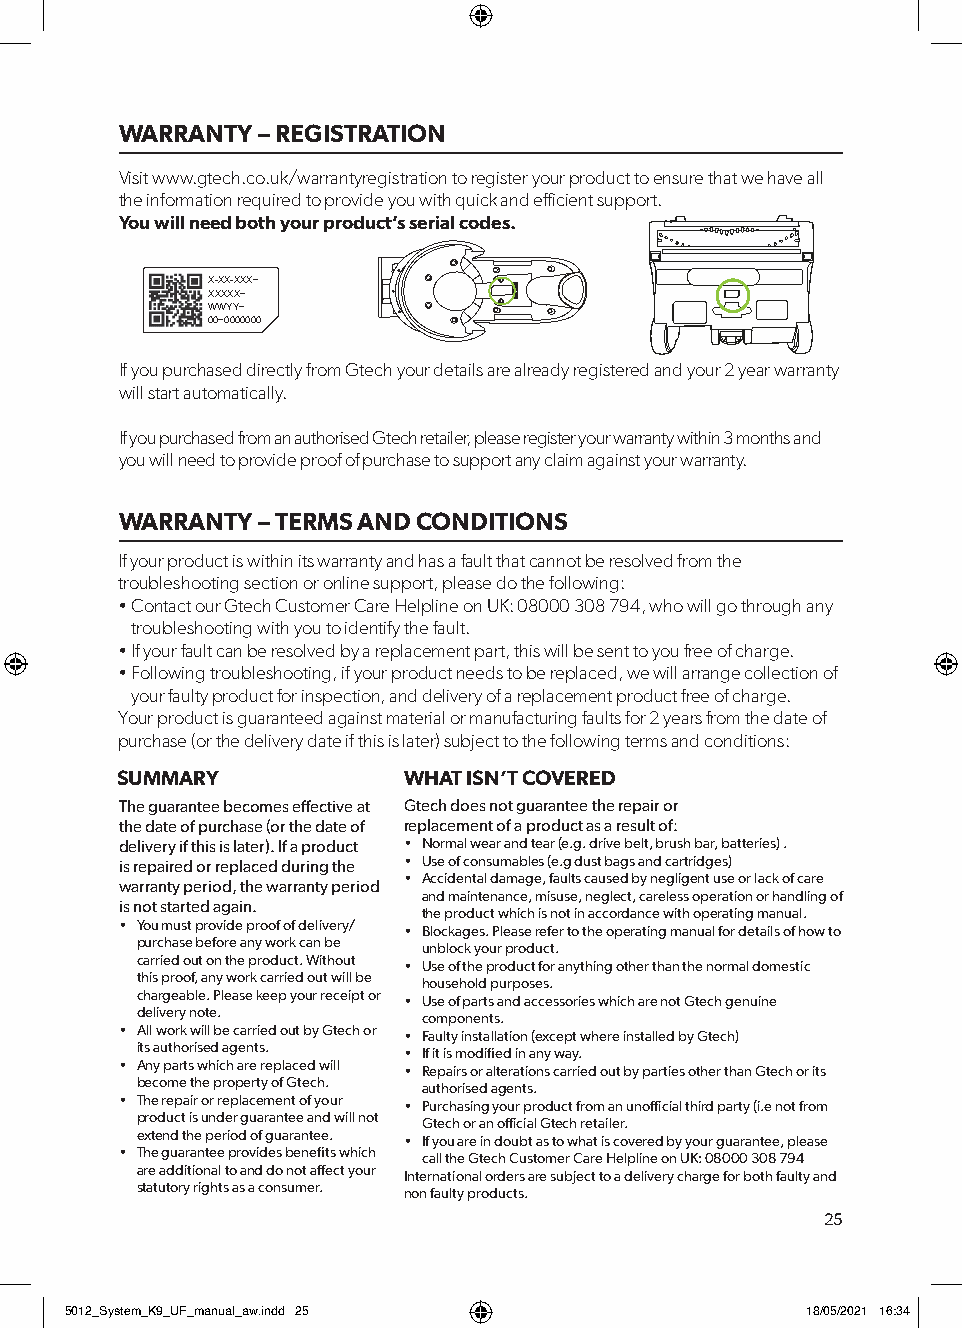
WARRANTY – REGISTRATION
 Visit www.gtech.co.uk/warrantyregistration to register your product to ensure that we have all
 the information required to provide you with quick and efficient support.
 You will need both your product’s serial codes.
 X-XX-XXX~
 XXXXX~
 WWYY~
 00~0000000
 If you purchased directly from Gtech your details are already registered and your 2 year warranty
 will start automatically.
 If you purchased from an authorised Gtech retailer, please register your warranty within 3 months and
 you will need to provide proof of purchase to support any claim against your warranty.
 WARRANTY – TERMS AND CONDITIONS
 If your product is within its warranty and has a fault that cannot be resolved from the
 troubleshooting section or online support, please do the following:
 • Contact our Gtech Customer Care Helpline on UK: 08000 308 794, who will go through any
 troubleshooting with you to identify the fault.
 • If your fault can be resolved by a replacement part, this will be sent to you free of charge.
 • Following troubleshooting, if your product needs to be replaced, we will arrange collection of
 your faulty product for inspection, and delivery of a replacement product free of charge.
 Your product is guaranteed against material or manufacturing faults for 2 years from the date of
 purchase (or the delivery date if this is later) subject to the following terms and conditions:
 SUMMARY            WHAT ISN’T COVERED
 The guarantee becomes effective at Gtech does not guarantee the repair or
 the date of purchase (or the date of replacement of a product as a result of:
 delivery if this is later). If a product • Normal wear and tear (e.g. drive belt, brush bar, batteries) .
 is repaired or replaced during the • Use of consumables (e.g dust bags and cartridges)
 • Accidental damage, faults caused by negligent use or lack of care
 warranty period, the warranty period
 and maintenance, misuse, neglect, careless operation or handling of
 is not started again.
 the product which is not in accordance with operating manual.
 • You must provide proof of delivery/ • Blockages. Please refer to the operating manual for details of how to
 purchase before any work can be unblock your product.
 carried out on the product. Without • Use of the product for anything other than the normal domestic
 this proof, any work carried out will be household purposes.
 chargeable. Please keep your receipt or • Use of parts and accessories which are not Gtech genuine
 delivery note.     components.
 • All work will be carried out by Gtech or • Faulty installation (except where installed by Gtech)
 its authorised agents. • If it is modified in any way.
 • Any parts which are replaced will • Repairs or alterations carried out by parties other than Gtech or its
 become the property of Gtech. authorised agents.
 • The repair or replacement of your • Purchasing your product from an unofficial third party (i.e not from
 product is under guarantee and will not Gtech or an official Gtech retailer.
 extend the period of guarantee. • If you are in doubt as to what is covered by your guarantee, please
 • The guarantee provides benefits which call the Gtech Customer Care Helpline on UK: 08000 308 794
 are additional to and do not affect your International orders are subject to a delivery charge for both faulty and
 statutory rights as a consumer. non faulty products.
 25
 55001122__SSyysstteemm__KK99__UUFF__mmaannuuaall__aaww..iinndddd 2255 1188//0055//22002211 1166::3344